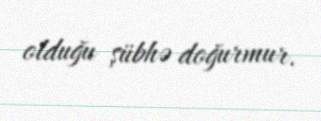
olduğu şübhə doğurmur.